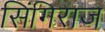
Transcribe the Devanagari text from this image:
सिंगिराज